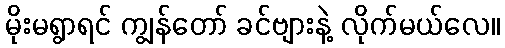
မိုးမရွာရင် ကျွန်တော် ခင်ဗျားနဲ့ လိုက်မယ်လေ။